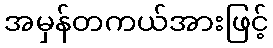
အမှန်တကယ်အားဖြင့်